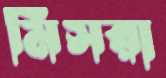
মিসরা